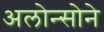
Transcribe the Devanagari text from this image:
अलोन्सोने